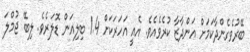
ބޭރުވެގެންދާކަމަށް އަންދާޒާ ކުރެވެއެވެ. އެއީ އަހަރަކަށް 1.4 ބިލިއަން ޑޮލަރެވެ. ލިބޭ ޖުމްލަ